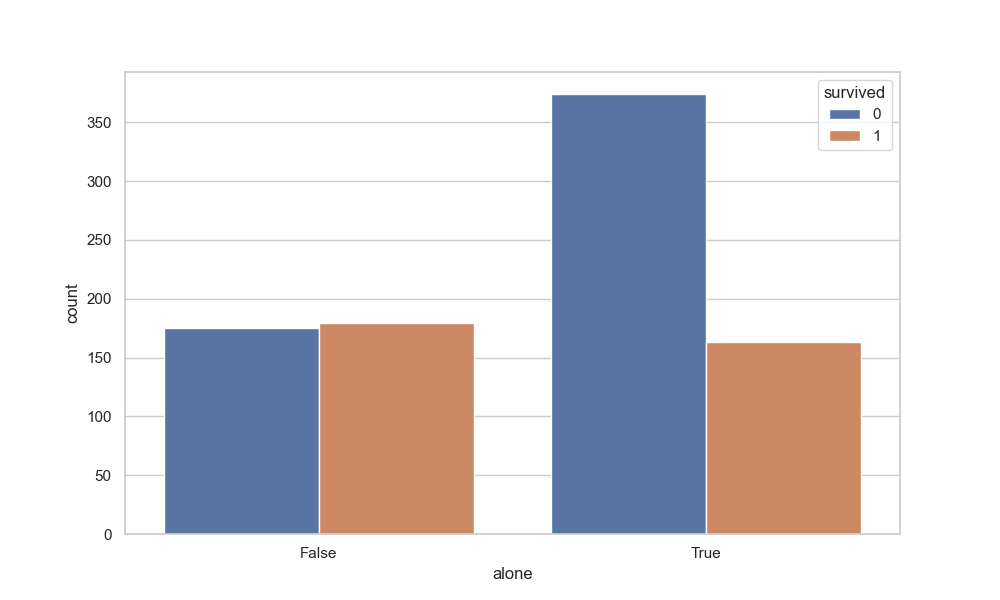
python, seaborn, countplot, x='alone', palette='deep', hue='survived'